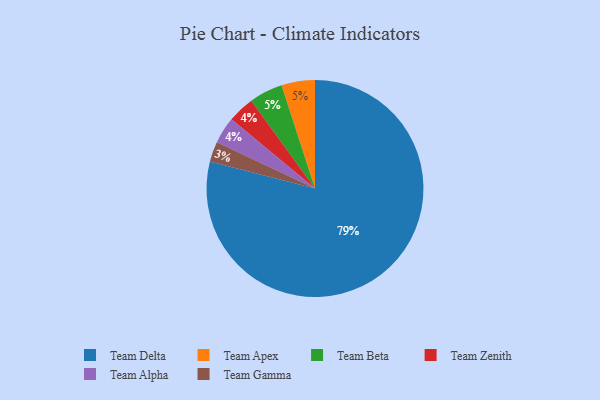
{"axis": {"x": "Category", "y": "Percentage"}, "legend": ["Team Alpha", "Team Apex", "Team Beta", "Team Delta", "Team Gamma", "Team Zenith"], "data": [{"x": "Team Zenith", "y": 4, "type": "Team Zenith"}, {"x": "Team Gamma", "y": 3, "type": "Team Gamma"}, {"x": "Team Delta", "y": 79, "type": "Team Delta"}, {"x": "Team Apex", "y": 5, "type": "Team Apex"}, {"x": "Team Beta", "y": 5, "type": "Team Beta"}, {"x": "Team Alpha", "y": 4, "type": "Team Alpha"}]}